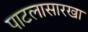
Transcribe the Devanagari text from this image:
पाटलासारखा